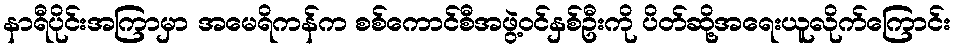
နာရီပိုင်းအကြာမှာ အမေရိကန်က စစ်ကောင်စီအဖွဲ့ဝင်နှစ်ဦးကို ပိတ်ဆို့အရေးယူလိုက်ကြောင်း